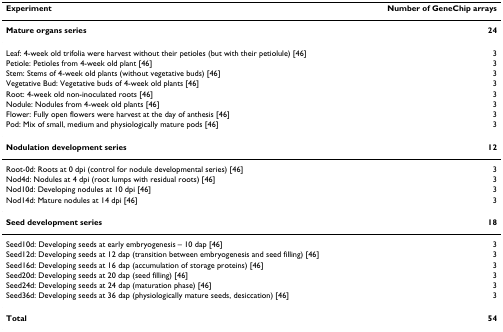
<table><thead><tr><td><b>Experiment</b></td><td><b>Number of GeneChip arrays</b></td></tr></thead><tbody><tr><td><b>Mature organs series</b></td><td><b>24</b></td></tr><tr><td>Leaf: 4-week old trifolia were harvest without their petioles (but with their petiolule) [46]</td><td>3</td></tr><tr><td>Petiole: Petioles from 4-week old plant [46]</td><td>3</td></tr><tr><td>Stem: Stems of 4-week old plants (without vegetative buds) [46]</td><td>3</td></tr><tr><td>Vegetative Bud: Vegetative buds of 4-week old plants [46]</td><td>3</td></tr><tr><td>Root: 4-week old non-inoculated roots [46]</td><td>3</td></tr><tr><td>Nodule: Nodules from 4-week old plants [46]</td><td>3</td></tr><tr><td>Flower: Fully open flowers were harvest at the day of anthesis [46]</td><td>3</td></tr><tr><td>Pod: Mix of small, medium and physiologically mature pods [46]</td><td>3</td></tr><tr><td><b>Nodulation development series</b></td><td><b>12</b></td></tr><tr><td>Root-0d: Roots at 0 dpi (control for nodule developmental series) [46]</td><td>3</td></tr><tr><td>Nod4d: Nodules at 4 dpi (root lumps with residual roots) [46]</td><td>3</td></tr><tr><td>Nod10d: Developing nodules at 10 dpi [46]</td><td>3</td></tr><tr><td>Nod14d: Mature nodules at 14 dpi [46]</td><td>3</td></tr><tr><td><b>Seed development series</b></td><td><b>18</b></td></tr><tr><td>Seed10d: Developing seeds at early embryogenesis – 10 dap [46]</td><td>3</td></tr><tr><td>Seed12d: Developing seeds at 12 dap (transition between embryogenesis and seed filling) [46]</td><td>3</td></tr><tr><td>Seed16d: Developing seeds at 16 dap (accumulation of storage proteins) [46]</td><td>3</td></tr><tr><td>Seed20d: Developing seeds at 20 dap (seed filling) [46]</td><td>3</td></tr><tr><td>Seed24d: Developing seeds at 24 dap (maturation phase) [46]</td><td>3</td></tr><tr><td>Seed36d: Developing seeds at 36 dap (physiologically mature seeds, desiccation) [46]</td><td>3</td></tr><tr><td><b>Total</b></td><td><b>54</b></td></tr></tbody></table>